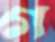
গ